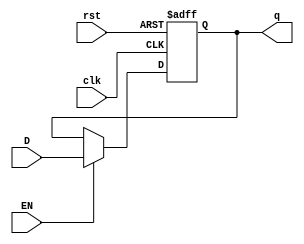
module ffd (q, D, EN, clk, rst);
    output reg [7:0] q;
    input [7:0] D;
	 input EN, clk, rst;
   

    always @(posedge(clk), posedge(rst)) 
      if (rst==1'b1) begin
		q <= 1'b0;
		end 
		else if (EN==1'b1) begin
				q <= D;
     end
endmodule